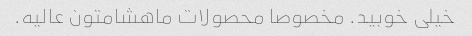
خیلی خوبید. مخصوصا محصولات ماهشامتون عالیه.